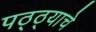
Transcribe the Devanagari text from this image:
पठ्ठ्याचे